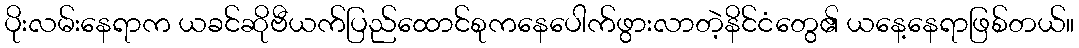
ပိုးလမ်းနေရာက ယခင်ဆိုဗီယက်ပြည်ထောင်စုကနေပေါက်ဖွားလာတဲ့နိင်ငံတွေ၏ ယနေ့နေရာဖြစ်တယ်။